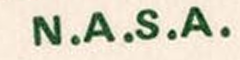
N.A.S.A.